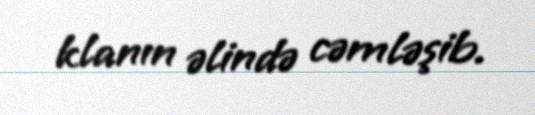
klanın əlində cəmləşib.